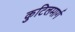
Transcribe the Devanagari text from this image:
कुटिलमार्ग